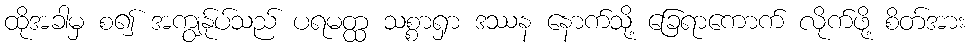
ထိုအခါမှ စ၍ အကျွန်ုပ်သည် ပရမတ္ထ သစ္စာရှာ ဒဿန နောက်သို့ ခြေရာကောက် လိုက်ဖို့ စိတ်အား